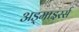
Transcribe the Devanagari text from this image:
अड्माइरर्स